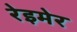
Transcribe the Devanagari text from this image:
रेइमेर